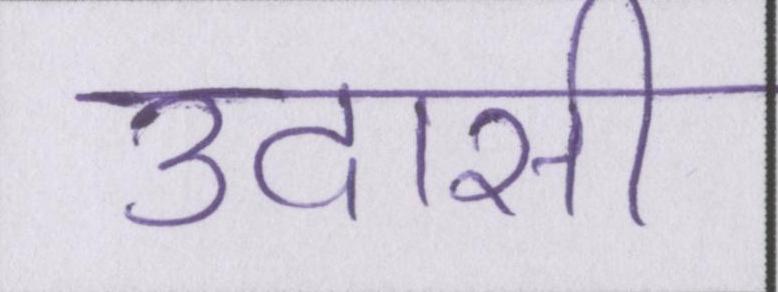
उदासी